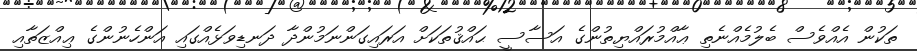
ތަކުން އެއްވެސް ބެލުމެއްނެތި ޢާއްމުރައްޔިތުންގެ އަސާސީ ޙައްޤުތަކަށް އަރައިގަންނަމުންދާ ދަނޑިވަޅެއްގައި އަންހެނުންގެ ޢިއްޒަތާއި